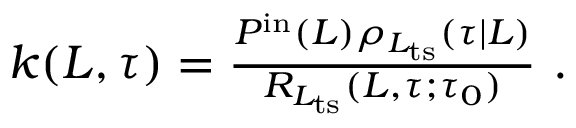
\begin{array} { r } { k ( L , \tau ) = \frac { P ^ { \mathrm { i n } } ( L ) \rho _ { L _ { \mathrm { t s } } } ( \tau | L ) } { R _ { L _ { \mathrm { t s } } } ( L , \tau ; \tau _ { 0 } ) } \ . } \end{array}